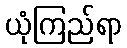
ယုံကြည်ရာ